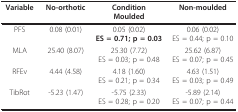
<table><thead><tr><td><b>Variable </b></td><td><b>No-orthotic</b></td><td><b>ConditionMoulded</b></td><td><b>Non-moulded</b></td></tr></thead><tbody><tr><td>PFS</td><td>0.08 (0.01)</td><td>0.05 (0.02)<b>ES = 0.71; p = 0.03</b></td><td>0.06 (0.02)ES = 0.44; p = 0.10</td></tr><tr><td>MLA</td><td>25.40 (8.07)</td><td>25.30 (7.72)ES = 0.03; p = 0.48</td><td>25.62 (6.87)ES = 0.07; p = 0.45</td></tr><tr><td>RFEv</td><td>4.44 (4.58)</td><td>4.18 (1.60)ES = 0.21; p = 0.34</td><td>4.63 (1.51)ES = 0.03; p = 0.49</td></tr><tr><td>TibRot</td><td>-5.23 (1.47)</td><td>-5.75 (2.33)ES = 0.28; p = 0.20</td><td>-5.89 (2.14)ES = 0.07; p = 0.44</td></tr></tbody></table>